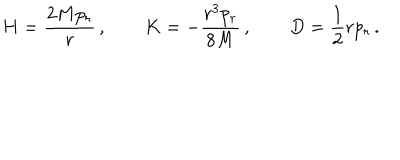
H = { \frac { 2 M p _ { r } } { r } } \, , \qquad K = - { \frac { r ^ { 3 } p _ { r } } { 8 M } } \, , \qquad D = { \frac { 1 } { 2 } } r p _ { r } \, .